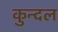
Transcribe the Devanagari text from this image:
कुन्दल